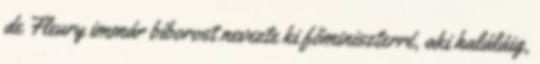
de Fleury immár bíborost nevezte ki főminiszterré, aki haláláig,